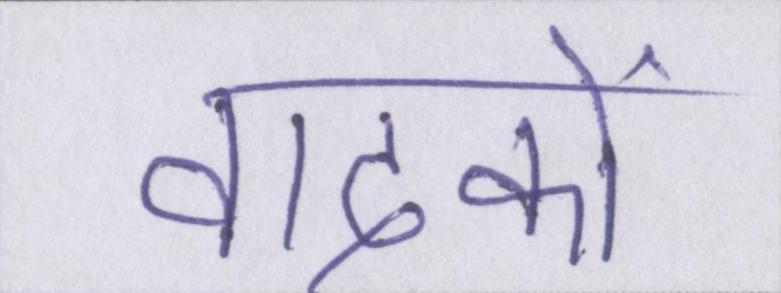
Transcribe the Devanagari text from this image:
वादकों